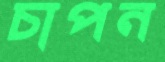
চাপন